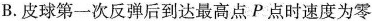
B.皮球第一次反弹后到达最高点P点时速度为零